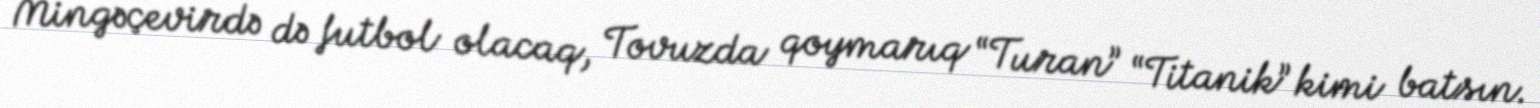
Mingəçevirdə də futbol olacaq, Tovuzda qoymarıq “Turan” “Titanik” kimi batsın.